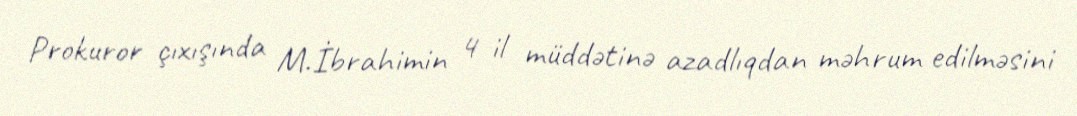
Prokuror çıxışında M.İbrahimin 4 il müddətinə azadlıqdan məhrum edilməsini